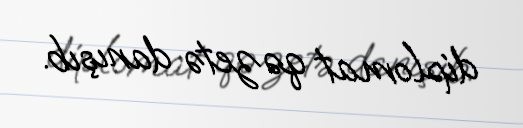
diplomat qəzetə danışıb.